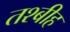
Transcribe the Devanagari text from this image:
तश्बीह